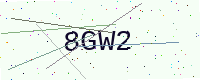
Text: 8GW2